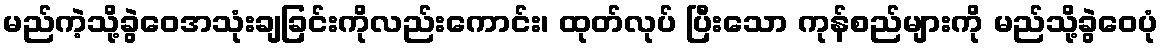
မည်ကဲ့သို့ခွဲဝေအသုံးချခြင်းကိုလည်းကောင်း၊ ထုတ်လုပ် ပြီးသော ကုန်စည်များကို မည်သို့ခွဲဝေပုံ